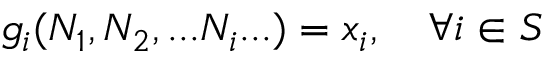
g _ { i } ( N _ { 1 } , N _ { 2 } , . . . N _ { i } . . . ) = x _ { i } , \quad \forall i \in S